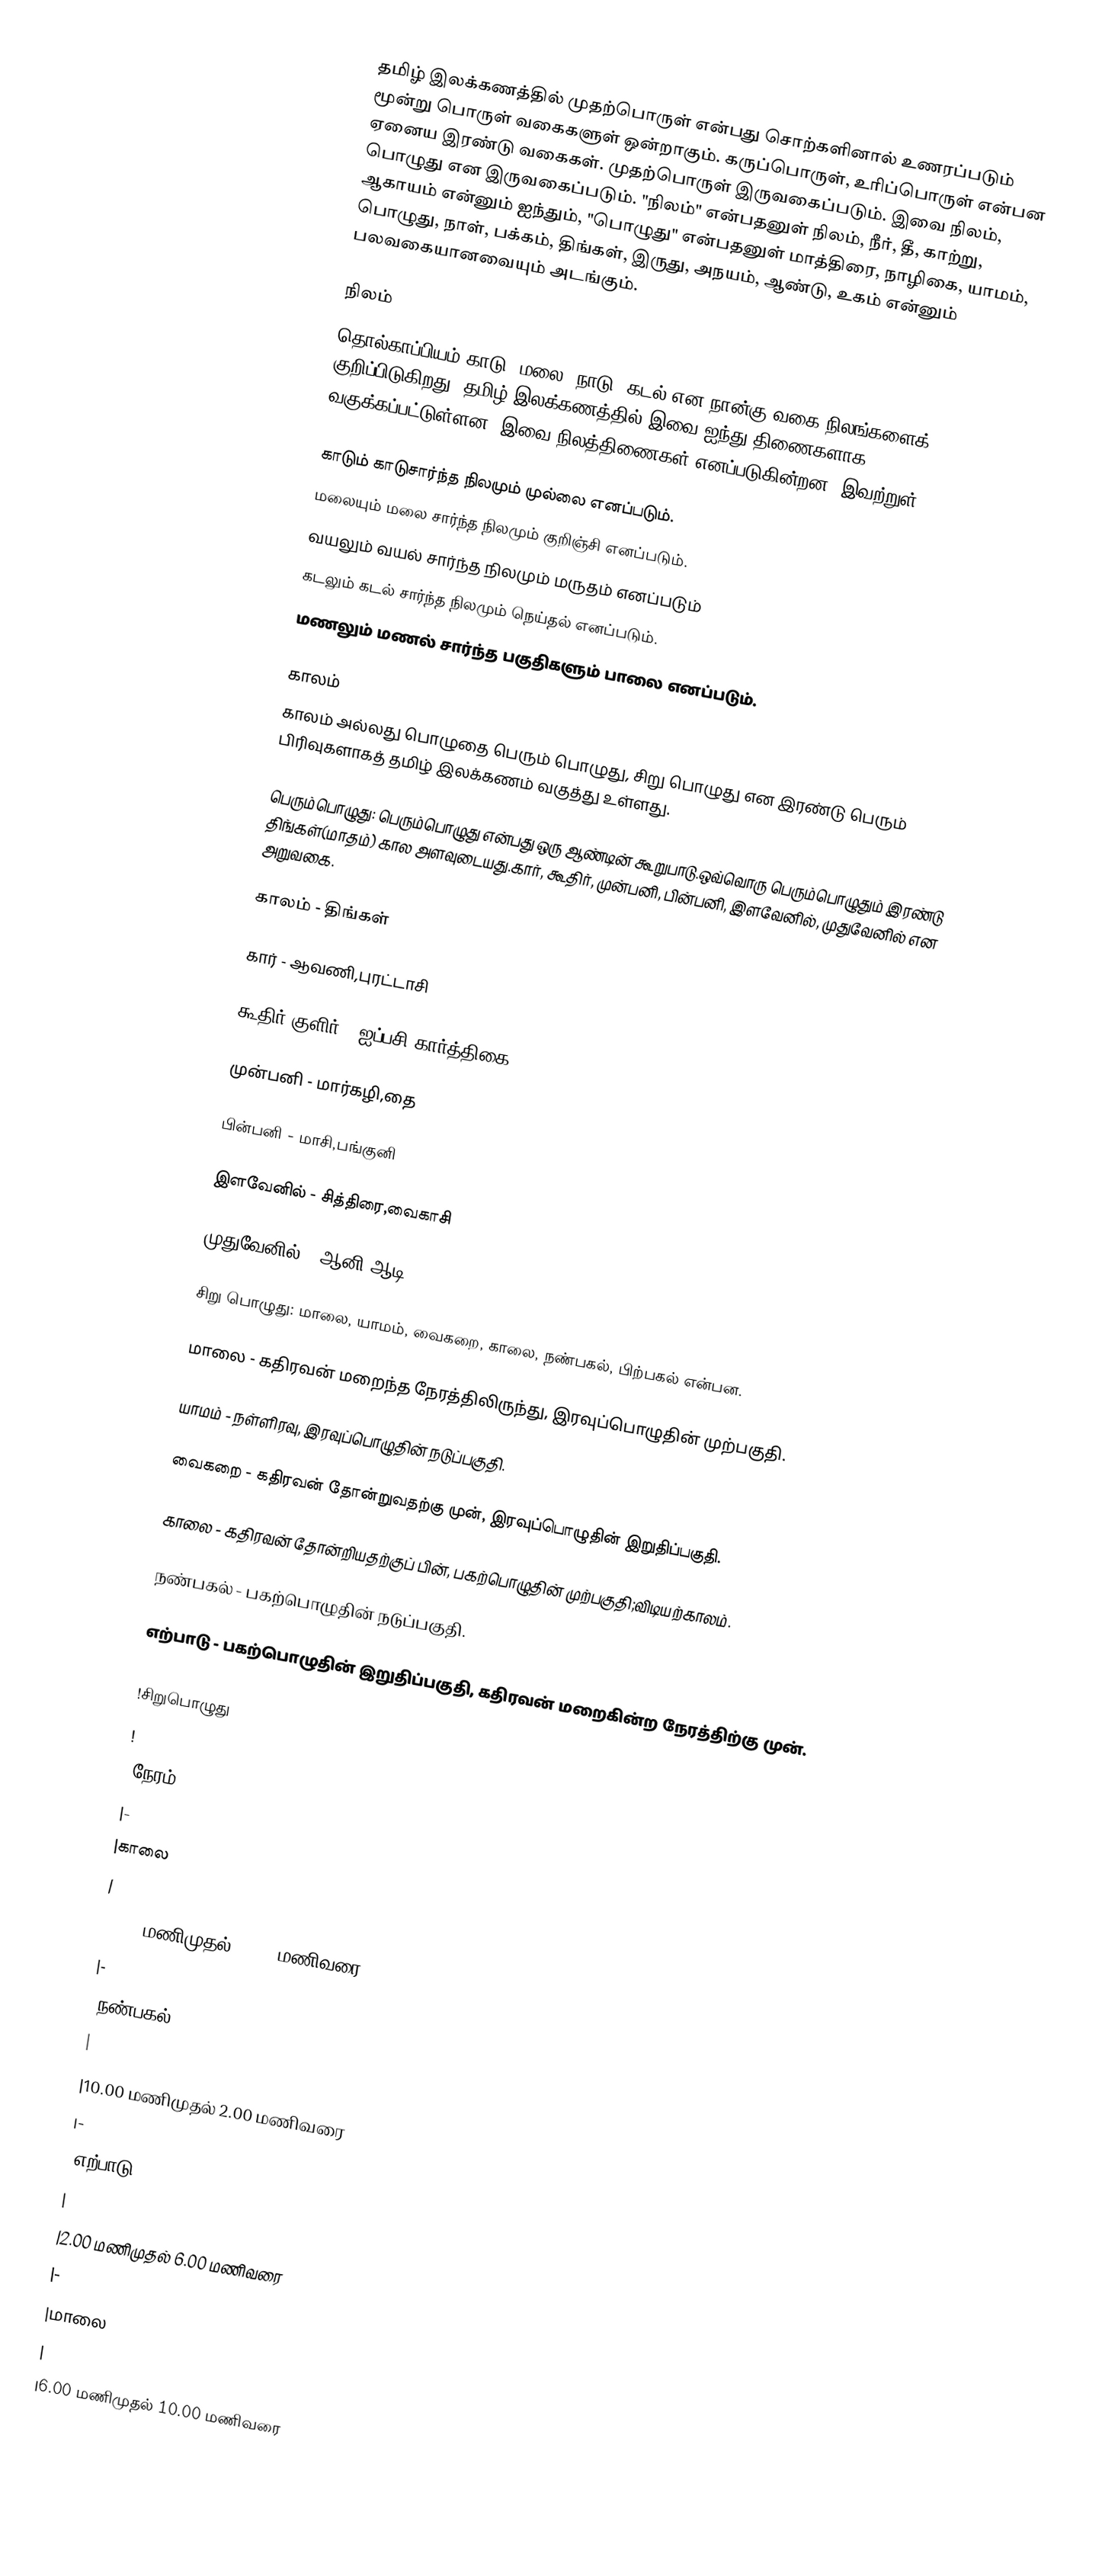
தமிழ் இலக்கணத்தில் முதற்பொருள் என்பது சொற்களினால் உணரப்படும் மூன்று பொருள் வகைகளுள் ஒன்றாகும். கருப்பொருள், உரிப்பொருள் என்பன ஏனைய இரண்டு வகைகள். முதற்பொருள் இருவகைப்படும். இவை நிலம், பொழுது என இருவகைப்படும். "நிலம்" என்பதனுள் நிலம், நீர், தீ, காற்று, ஆகாயம் என்னும் ஐந்தும், "பொழுது" என்பதனுள் மாத்திரை, நாழிகை, யாமம், பொழுது, நாள், பக்கம், திங்கள், இருது, அநயம், ஆண்டு, உகம் என்னும் பலவகையானவையும் அடங்கும்.

நிலம்
தொல்காப்பியம் காடு, மலை, நாடு, கடல் என நான்கு வகை நிலங்களைக் குறிப்பிடுகிறது. தமிழ் இலக்கணத்தில் இவை ஐந்து திணைகளாக வகுக்கப்பட்டுள்ளன. இவை நிலத்திணைகள் எனப்படுகின்றன. இவற்றுள்,

 காடும் காடுசார்ந்த நிலமும் முல்லை எனப்படும்.
 மலையும் மலை சார்ந்த நிலமும் குறிஞ்சி எனப்படும்.
 வயலும் வயல் சார்ந்த நிலமும் மருதம் எனப்படும்
 கடலும் கடல் சார்ந்த நிலமும் நெய்தல் எனப்படும்.
 மணலும் மணல் சார்ந்த பகுதிகளும் பாலை எனப்படும்.

காலம்
காலம் அல்லது பொழுதை பெரும் பொழுது, சிறு பொழுது என இரண்டு பெரும் பிரிவுகளாகத் தமிழ் இலக்கணம் வகுத்து உள்ளது.

 பெரும்பொழுது: பெரும்பொழுது என்பது ஒரு ஆண்டின் கூறுபாடு.ஒவ்வொரு பெரும்பொழுதும் இரண்டு திங்கள்(மாதம்) கால அளவுடையது.கார், கூதிர், முன்பனி, பின்பனி, இளவேனில், முதுவேனில் என அறுவகை.

காலம்         -      	திங்கள்

கார்           - ஆவணி,புரட்டாசி

கூதிர்/குளிர்   - ஐப்பசி,கார்த்திகை

முன்பனி       - மார்கழி,தை

பின்பனி        - மாசி,பங்குனி

இளவேனில்    - சித்திரை,வைகாசி

முதுவேனில்     - ஆனி,ஆடி

 சிறு பொழுது: மாலை, யாமம், வைகறை, காலை, நண்பகல், பிற்பகல் என்பன.

மாலை 		-   கதிரவன் மறைந்த நேரத்திலிருந்து, இரவுப்பொழுதின் முற்பகுதி.

யாமம்		-   நள்ளிரவு, இரவுப்பொழுதின் நடுப்பகுதி.

வைகறை 	-   கதிரவன் தோன்றுவதற்கு முன், இரவுப்பொழுதின் இறுதிப்பகுதி.

காலை 		-   கதிரவன் தோன்றியதற்குப் பின், பகற்பொழுதின் முற்பகுதி;விடியற்காலம்.

நண்பகல் 	-   பகற்பொழுதின் நடுப்பகுதி.

எற்பாடு 		-   பகற்பொழுதின் இறுதிப்பகுதி, கதிரவன் மறைகின்ற நேரத்திற்கு முன்.
{| class="wikitable"
!சிறுபொழுது
!
!நேரம்
|-
|காலை
|
|6.00 மணிமுதல் 10.00 மணிவரை
|-
|நண்பகல்
|
|10.00 மணிமுதல் 2.00 மணிவரை
|-
|எற்பாடு
|
|2.00 மணிமுதல் 6.00 மணிவரை
|-
|மாலை
|
|6.00 மணிமுதல் 10.00 மணிவரை
|